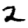
Digit: 2